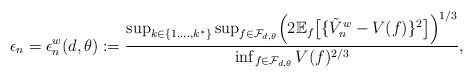
LaTeX: \begin{align*}\epsilon_n = \epsilon_n^w(d,\theta) := \frac{\sup_{k \in \{1,\ldots,k^*\}} \sup_{f \in \mathcal{F}_{d,\theta}} \Bigl(2\mathbb{E}_f\bigl[\{\tilde{V}_n^w - V(f)\}^2\bigr]\Bigr)^{1/3}}{\inf_{f \in \mathcal{F}_{d,\theta}} V(f)^{2/3}},\end{align*}